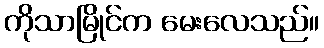
ကိုသာမြိုင်က မေးလေသည်။